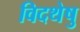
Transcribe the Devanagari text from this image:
विदथेषु